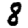
Digit: 8